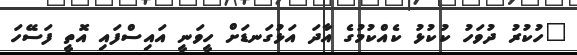
"ހުކުރު ދުވަހު ކުކުޅު ކެއްކުމުގެ އާދަ އަޅުގަނޑަށް ހީވަނީ އައިސްފައި އޮތީ ފަސޭހަ